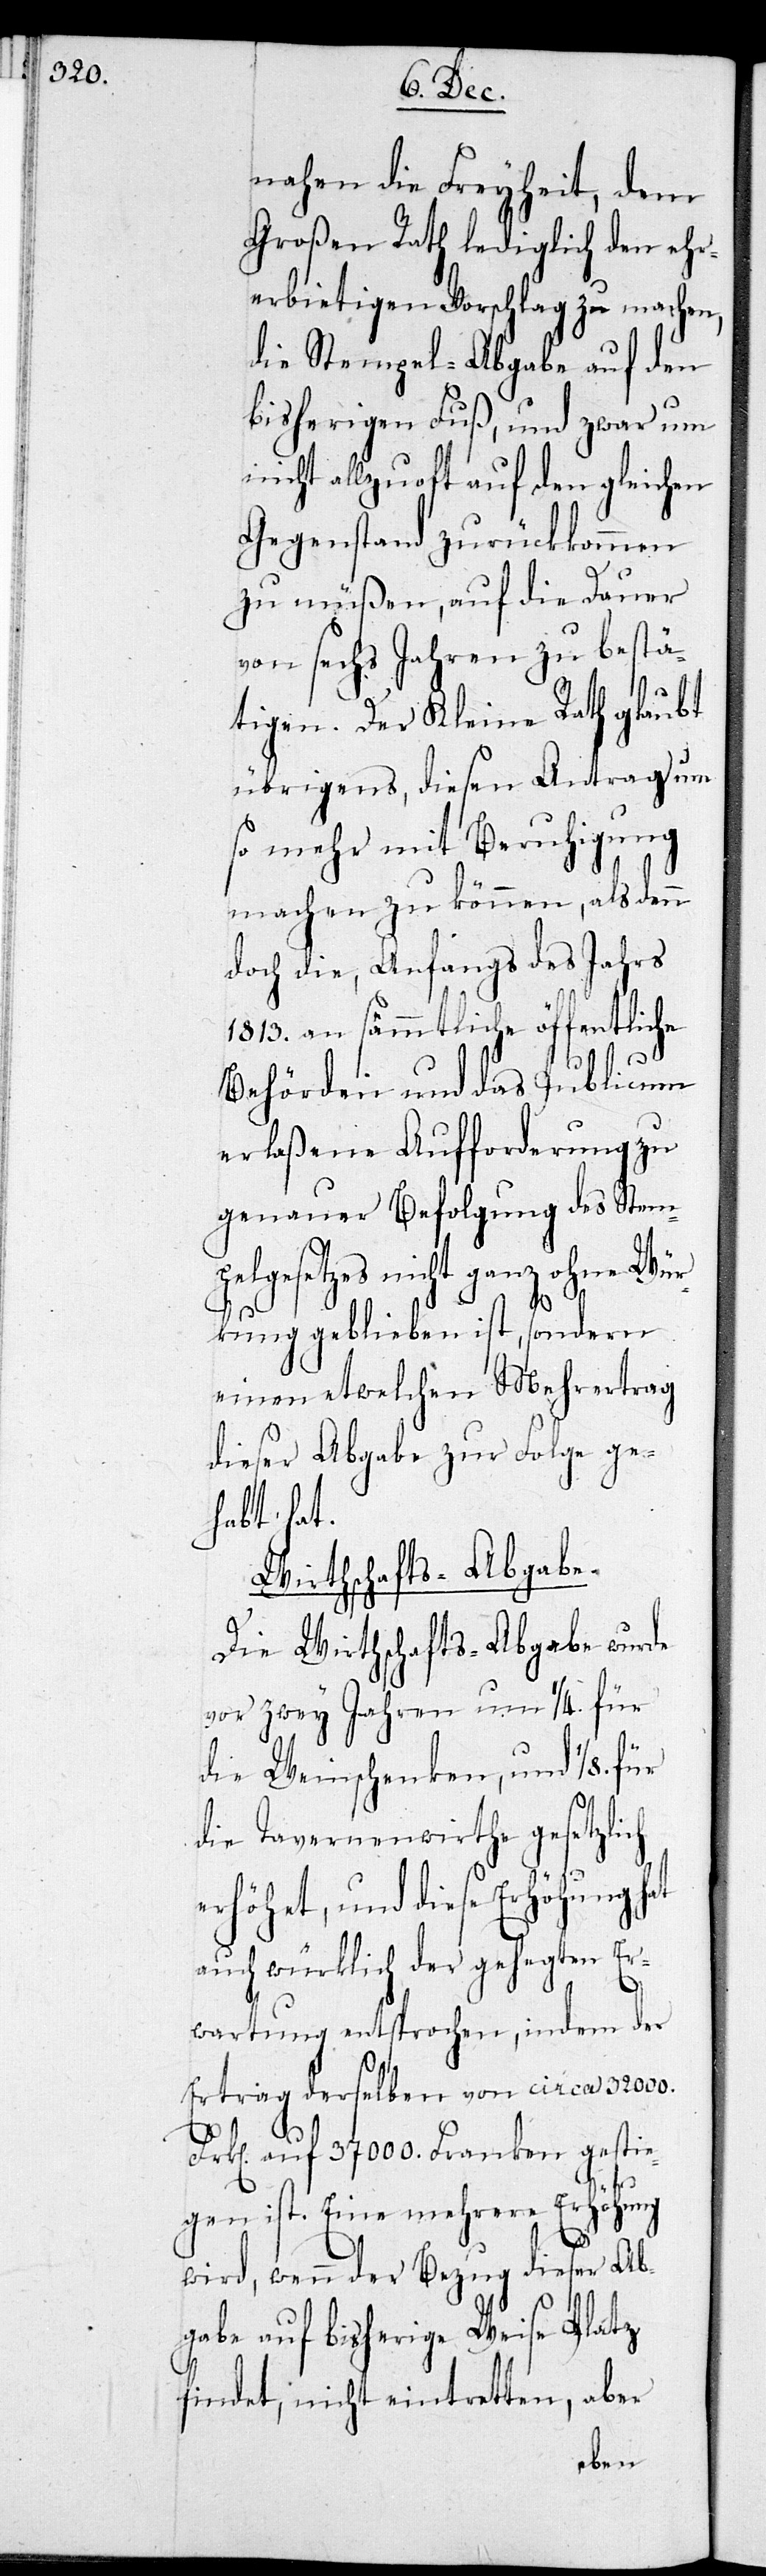
nahen die Freyheit, dem
Großen Rath lediglich den ehr¬
erbietigen Vorschlag zu machen,
die Stempel-Abgabe auf den
bisherigen Fuß, und zwar um
nicht allzu oft auf den gleichen
Gegenstand zurückzukommen
zu müßen, auf die Dauer
von sechs Jahren zu bestä¬
tigen. Der Kleine Rath glaubt
übrigens, diesen Antrag um
so mehr mit Beruhigung
machen zu können, als dann
doch die, Anfangs des Jahrs
1813. an sämmtliche öffentliche
Behörden und das Publicum
erlaßene Aufforderung zu
genauer Befolgung des Stempel¬
gesetzes nicht ganz ohne W¬
ürkung geblieben ist, sondern
einen etwelchen Mehrertrag
dieser Abgabe zur Folge ge¬
habt hat.
Wirthschafts-Abgabe.
Die Wirthschafts-Abgabe wurde
vor zwey Jahren um 1/4. für
die Weinschenken, und 1/8. für
die Tavernenwirthe gesetzlich
erhöhet, und diese Erhöhung
auch würklich der gehegten Er¬
wartung entsprochen, indem der
Ertrag derselben von circa 32 000.
Frken. auf 37 000. Franken gestie¬
gen ist. Eine mehrere Erhöhung
wird, wenn der Bezug dieser Ab¬
gabe auf bisherige Weise Platz
findet, nicht eintretten, aber